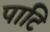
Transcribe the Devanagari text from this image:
पाटि